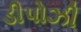
ડીપોઝી